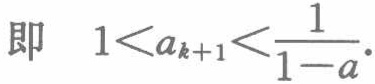
即 \(1 < a_{k + 1} < \frac{1}{1 - a}\).